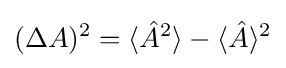
(\Delta A)^{2}=\langle {\hat {A}}^{2}\rangle -\langle {\hat {A}}\rangle ^{2}